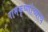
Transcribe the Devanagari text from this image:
रामकृष्णांच्याच